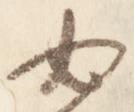
必